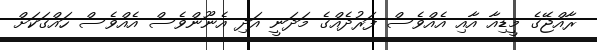
ރާއްޖޭގެ މީޑިއާ އާއި އެއްވެސް ފަރުދެއްގެ މަދަނީ އަދި އެނޫންވެސް އެއްވެސް ހައްގަކަށް